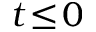
t \! \le \! 0